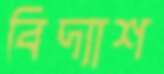
বিদ্যাশ